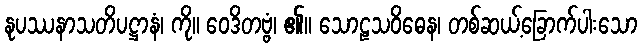
နုပဿနာသတိပဋ္ဌာနံ၊ ကို။ ဝေဒိတဗ္ဗံ၊ ၏။ သောဠသဝိဓေန၊ တစ်ဆယ့်ခြောက်ပါးသော